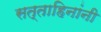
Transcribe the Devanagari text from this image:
सत्ताहिनांनी